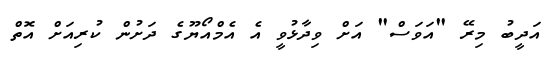
އަދީބު މިރޭ "އަވަސް" އަށް ވިދާޅުވީ އެ އެމްއޯޔޫގެ ދަށުން ކުރިއަށް އޮތް